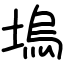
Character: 塢